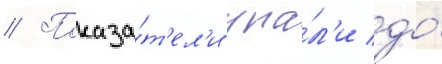
// Показа́т'ел'и упа́л'и до́